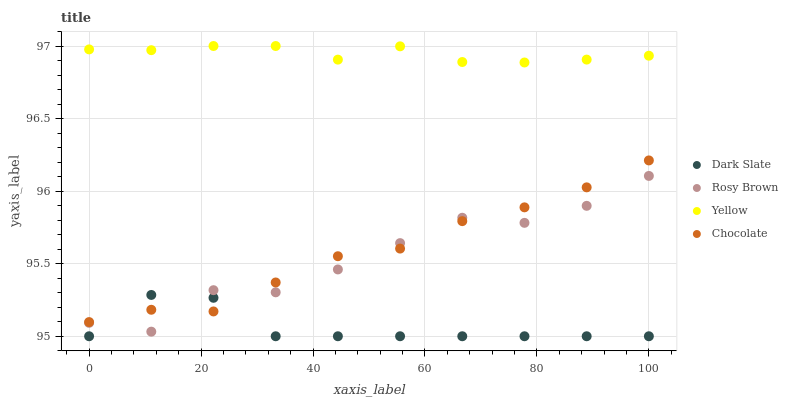
| xaxis_label | Dark Slate | Rosy Brown | Yellow | Chocolate |
 | --- | --- | --- | --- | --- |
 | 0 | 95 | 95.1 | 97 | 95.1 |
 | 11.1 | 95.3 | 95 | 97 | 95.2 |
 | 22.2 | 95.3 | 95.3 | 97 | 95.2 |
 | 33.3 | 95 | 95.3 | 97 | 95.4 |
 | 44.4 | 95 | 95.5 | 96.9 | 95.6 |
 | 55.6 | 95 | 95.6 | 97 | 95.6 |
 | 66.7 | 95 | 95.8 | 96.9 | 95.8 |
 | 77.8 | 95 | 95.8 | 96.9 | 95.9 |
 | 88.9 | 95 | 95.9 | 96.9 | 96 |
 | 100 | 95 | 96.1 | 96.9 | 96.2 |